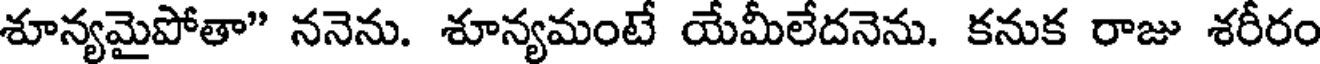
శూన్యమైపోతా" ననెను. శూన్యమంటే యేమీలేదనెను. కనుక రాజు శరీరం